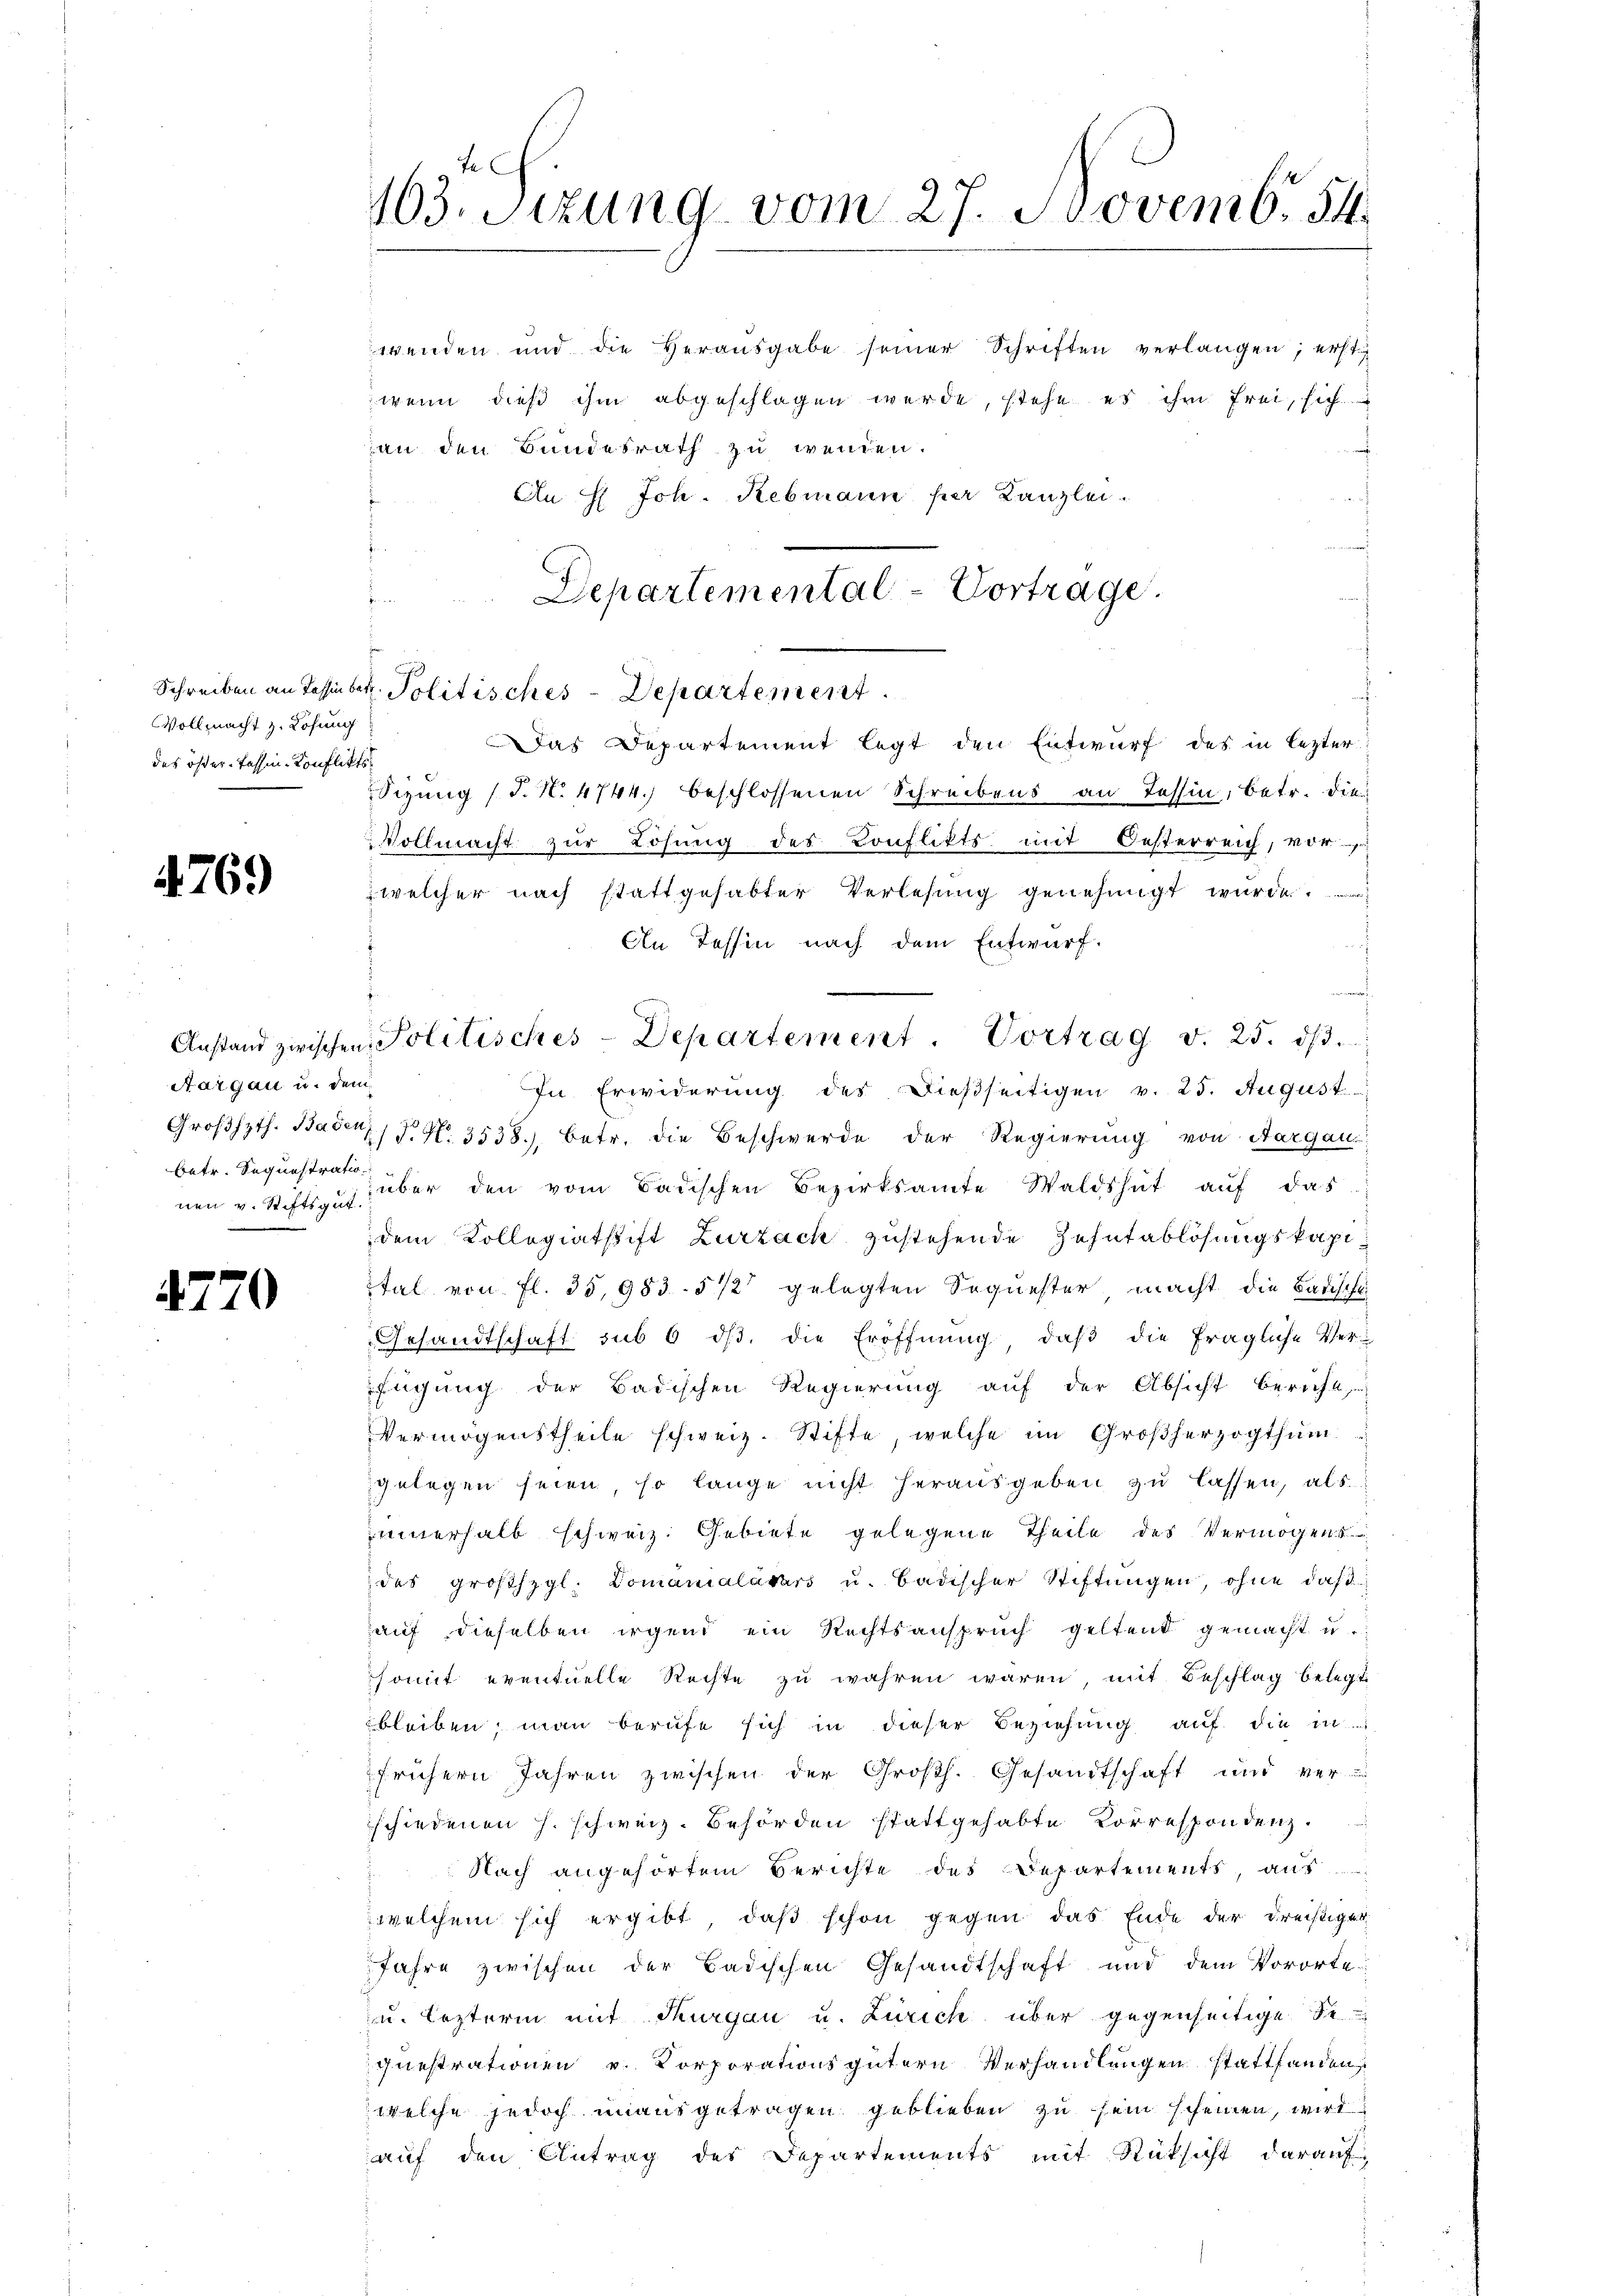
Vollmacht z. Lösung
des öster. Tessin-Konflikts

4769

Aargau u. dem
betr. Sequestratio

4770

wenden und die Heraŭsgabe seiner Schriften verlangen; erst
wenn dieß ihm abgeschlagen werde, stehe es ihm frei, sich
an den Bundesrath zu wenden.
An  Joh. Rebmann per Lanzlei.
Departemental-Vortrage.

te
13. Sizung vom 27. Novemb. 54.

Stzung (T. N. 4744. beschlossenen Schreibens an Tessin, betr. die
Vollmacht zŭr Lösung des Konflikts mit Oesterreich, vor
 welcher nach stattgehabter Verlesung genehmigt wurde.
An Tessin nach dem Entwurf.
d
d
In Erwiderung des dießseitigen v. 25. August
Großhzth. Baden, P. Nr. 3538), betr. die Beschwerde der Regierung von Aargau
nen v. Stiffzig über den vom Badischen Bezirksamte Waldshut auf das
dem Kollegiatstift Zurzach zustehende Zehntablösungskapital von fl. 35,983. 512 gelegten Sequester, macht die Badische
Gesandtschaft sub 6 dβ, die Eröffnŭng, daβ die fragliche Verfügung der Badischen Regierung auf der Absicht bericht,
Vermögenstheile schweiz. Stifte, welche im Großherzogthum
gelegen seien, so lange nicht herausgeben zu lassen, als
innerhalb schweiz. Gebiete gelegene Theile des Vermögens
des großhzgl. Domanialásars u. badischer Stiftungen, ohne daß
auf dieselben irgend ein Rechtsanspruch geltend gemacht u.
somit eventuelle Rechte zu wahren wären, mit Beschlag belegt
bleiben, man berufe sich in dieser Beziehung auf die in
frühern Jahren zwischen der Großh. Gesandtschaft und ver
schiedenen h. schweiz. Behörden stattgehabte Korrespondenz.
Nach angehörtem Berichte des Departements, aus
welchem sich ergibt, daß schon gegen das Ende der dreistiger
Jahre zwischen der Badischen Gesandtschaft und dem Vororte
u. lezterm mit Thurgau u. Zürich über gegenseitige Se
chuestrationen v. Korporationsgütern Verhandlungen stattfanden,
welche jedoch unausgetragen geblieben zu sein scheinen, wird
auf den Antrag des Departements mit Rücksicht darauf,

Schreiben an Tessin betr. Politisches-Departement.
as Departement legt den Entwurf des in lezter

Anstand zwischen Politisches-Departement. Vortrag v. 25. dβ.